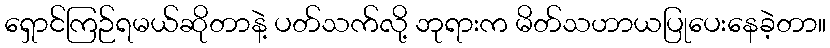
ရှောင်ကြဉ်ရမယ်ဆိုတာနဲ့ ပတ်သက်လို့ ဘုရားက မိတ်သဟာယပြုပေးနေခဲ့တာ။